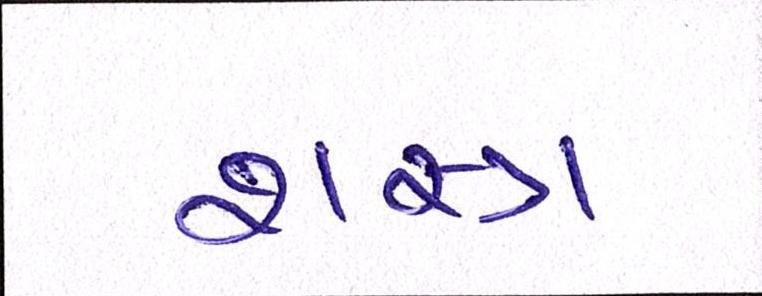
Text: શસ્ત્ર